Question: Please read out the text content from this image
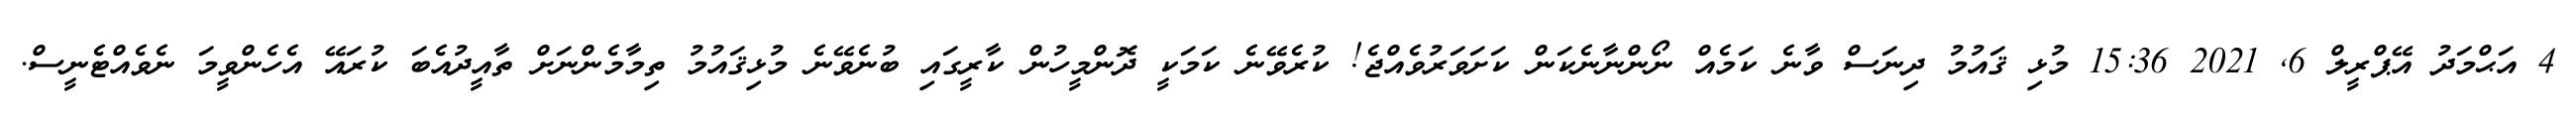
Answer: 4 އަޙްމަދު އޭޕްރީލް 6, 2021 15:36 މުޅި ޤައުމު ދިނަސް ވާނެ ކަމެއް ނޯންނާނެކަން ކަށަވަރުވެއްޖެ! ކުރެވޭނެ ކަމަކީ ދޮންމީހުން ކާރީގައި ބުނެވޭނެ މުޅިޤައުމު ތިމާމެންނަށް ތާއީދުއެބަ ކުރައޭ އެހެންވީމަ ނެވެއްޓެނީސް.